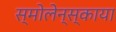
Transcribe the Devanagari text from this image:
स्मोलेन्स्काया